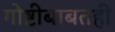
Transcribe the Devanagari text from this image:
गोष्टीबाबतही